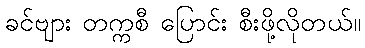
ခင်ဗျား တက္ကစီ ပြောင်း စီးဖို့လိုတယ်။